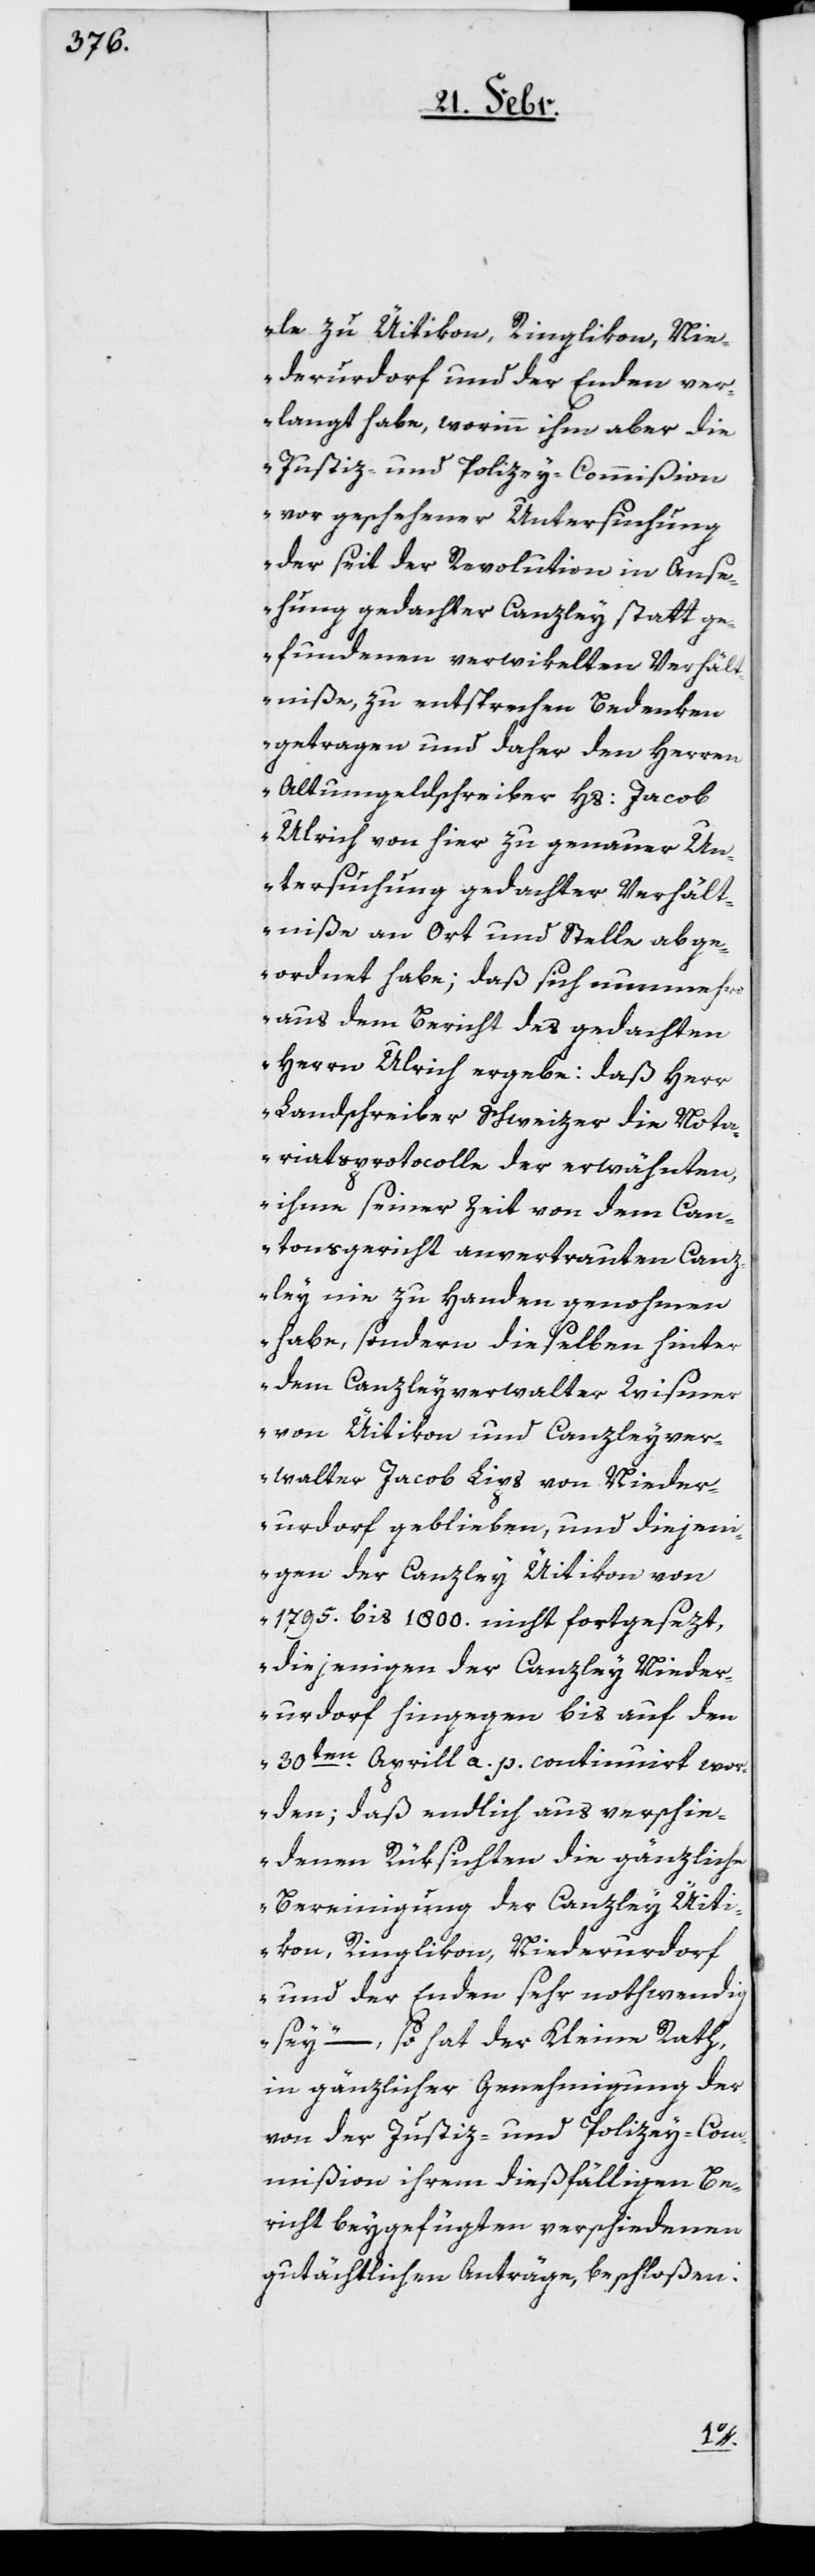
le zu Üitikon, Ringlikon, Nie¬
derurdorf und der Enden ver¬
langt habe, worinn ihm aber die
Justiz- und Polizey-Commißion
vor geschehener Untersuchung
der seit der Revolution in Anse¬
hung gedachter Canzley statt ge¬
fundenen verwikelten Verhält¬
niße, zu entsprechen Bedenken
getragen und daher den Herren
Altumgeldschreiber Hs: Jacob
Ulrich von hier zu genauer Un¬
tersuchung gedachter Verhält¬
niße an Ort und Stelle abge¬
ordnet habe; daß sich nunmehro
aus dem Bericht des gedachten
Herrn Ulrich ergebe: daß Herr
Landschreiber Schweizer die Nota¬
riatsprotocolle der erwähnten,
ihme seiner Zeit von dem Can¬
tonsgericht anvertrauten Canz¬
ley nie zu Handen genohmen
habe, sondern dieselben hinter
dem Canzleyverwalter Wismer
von Üitikon und Canzleyver¬
walter Jacob Lips von Nieder¬
urdorf geblieben, und diejeni¬
gen der Canzley Üitikon von
1795. bis 1800. nicht fortgesezt,
diejenigen der Canzley Nieder¬
urdorf hingegen bis auf den
30ten Aprill a. p. continuiert wor¬
den; daß endlich aus verschie¬
denen Rüksichten die gänzliche
Bereinigung der Canzley Üiti¬
kon, Ringlikon, Niederurdorf
und der Enden sehr nothwendig
sey“, –, so hat der Kleine Rath,
in gänzlicher Genehmigung der
von der Justiz- und Polizey-Com¬
mißion ihrem dießfälligen Be¬
richt beygefügten verschiedenen
gutächtlichen Anträge, beschloßen: